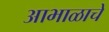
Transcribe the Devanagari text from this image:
आभाळाचे